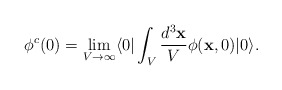
\begin{align*}\phi^c(0)= \lim_{V \rightarrow \infty}\langle 0| \int_V \frac{d^3 {\bf x}}{V} \phi({\bf x},0)|0 \rangle.\end{align*}